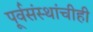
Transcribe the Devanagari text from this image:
पूर्वसंस्थांचीही